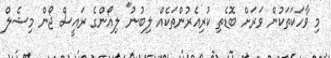
މި ވާހަކަތަކުން ވަރަށް ބޮޑެތި ކުރިއެރުންތަކެއް ލިބުނު" ލިއޯންގެ ރައީސް ޖޯން މިޝެލް